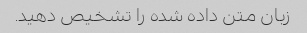
زبان متن داده شده را تشخیص دهید.